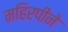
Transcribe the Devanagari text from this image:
महिरपीने